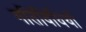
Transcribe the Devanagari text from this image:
गतिविधियॉं